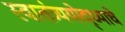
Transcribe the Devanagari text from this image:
स्वातंत्र्ययोद्‌ध्याचे